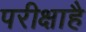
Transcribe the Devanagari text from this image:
परीक्षाहै